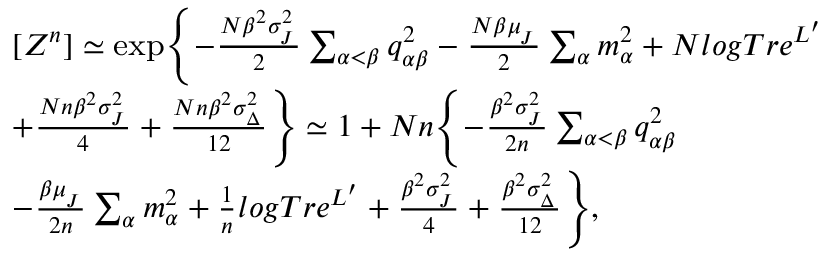
{ \footnotesize \begin{array} { r l } & { [ Z ^ { n } ] \simeq \exp \Biggl \{ - \frac { N \beta ^ { 2 } \sigma _ { _ { J } } ^ { 2 } } { 2 } \sum _ { \alpha < \beta } q _ { \alpha \beta } ^ { 2 } - \frac { N \beta \mu _ { _ { J } } } { 2 } \sum _ { \alpha } m _ { \alpha } ^ { 2 } + N l o g T r e ^ { L ^ { \prime } } } \\ & { + \frac { N n \beta ^ { 2 } \sigma _ { _ { J } } ^ { 2 } } { 4 } + \frac { N n \beta ^ { 2 } \sigma _ { _ { \Delta } } ^ { 2 } } { 1 2 } \Biggr \} \simeq 1 + N n \Biggl \{ - \frac { \beta ^ { 2 } \sigma _ { _ { J } } ^ { 2 } } { 2 n } \sum _ { \alpha < \beta } q _ { \alpha \beta } ^ { 2 } } \\ & { - \frac { \beta \mu _ { _ { J } } } { 2 n } \sum _ { \alpha } m _ { \alpha } ^ { 2 } + \frac { 1 } { n } l o g T r e ^ { L ^ { \prime } } + \frac { \beta ^ { 2 } \sigma _ { _ { J } } ^ { 2 } } { 4 } + \frac { \beta ^ { 2 } \sigma _ { _ { \Delta } } ^ { 2 } } { 1 2 } \Biggr \} , } \end{array} }